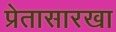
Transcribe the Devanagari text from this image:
प्रेतासारखा